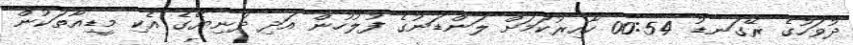
ދުވަހުގެ ރޭގަނޑު 00:54 ހާއިރުކަމަށް ލަންޑަނުގެ ފުލުހުން އަދި ދުނިޔޭގެ އެކި މީޑިއާތަކުން